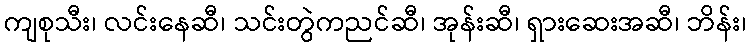
ကျစုသီး၊ လင်းနေဆီ၊ သင်းတွဲကညင်ဆီ၊ အုန်းဆီ၊ ရှားဆေးအဆီ၊ ဘိန်း၊